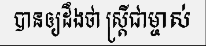
បានឲ្យដឹងថា ស្ត្រីជាម្ចាស់